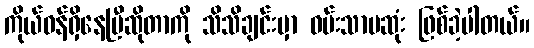
ကိုယ်ဝန်ရှိနေပြီဆိုတာကို သိသိချင်းမှာ ဝမ်းသာမဆုံး ဖြစ်ခဲ့ပါတယ်။